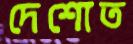
দেশোত